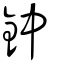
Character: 鈡